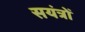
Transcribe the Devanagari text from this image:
सयंत्रों